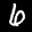
Label: 6